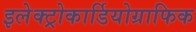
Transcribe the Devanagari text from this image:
इलेक्ट्रोकार्डियोग्राफिक